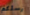
رسلكم